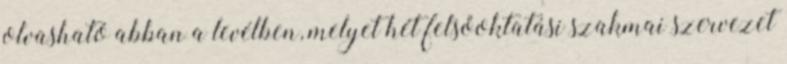
olvasható abban a levélben, melyet hét felsőoktatási szakmai szervezet